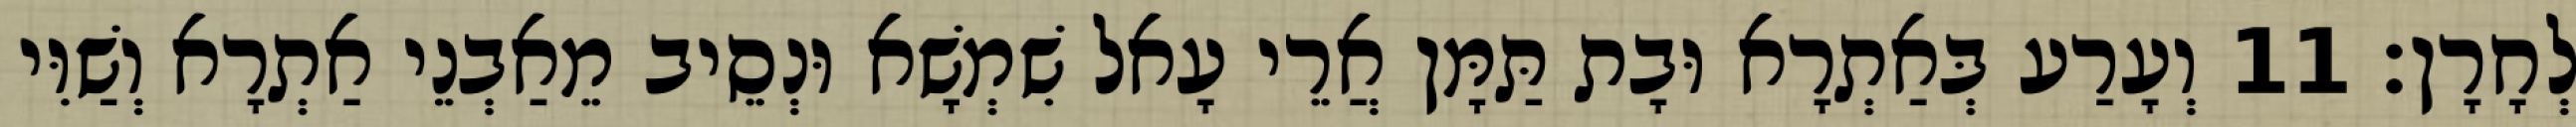
לְחָרָן׃ 11 וְעָרַע בְּאַתְרָא וּבָת תַּמָּן אֲרֵי עָאל שִׁמְשָׁא וּנְסֵיב מֵאַבְנֵי אַתְרָא וְשַׁוִּי